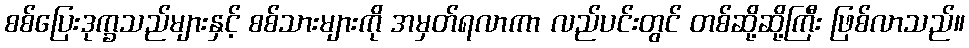
စစ်ပြေးဒုက္ခသည်များနှင့် စစ်သားများကို အမှတ်ရလာကာ လည်ပင်းတွင် တစ်ဆို့ဆို့ကြီး ဖြစ်လာသည်။